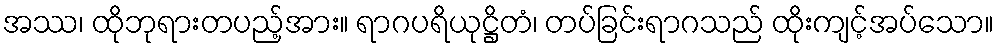
အဿ၊ ထိုဘုရားတပည့်အား။ ရာဂပရိယုဋ္ဌိတံ၊ တပ်ခြင်းရာဂသည် ထိုးကျင့်အပ်သော။